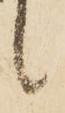
々